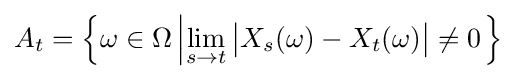
A_{t}=\left\{\omega \in \Omega \left|\lim _{s\to t}{\big |}X_{s}(\omega )-X_{t}(\omega ){\big |}\neq 0\right.\right\}